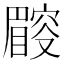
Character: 𥋜